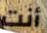
أنت